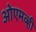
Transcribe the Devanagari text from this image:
ओएमव्ही